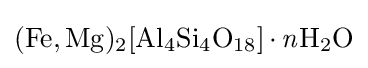
{\ce {(Fe,Mg)2[Al4Si4O18]*{\mathit {n}}H2O}}